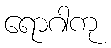
ရောဂါကု